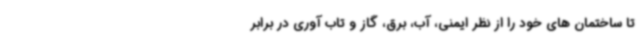
تا ساختمان های خود را از نظر ایمنی، آب، برق، گاز و تاب آوری در برابر